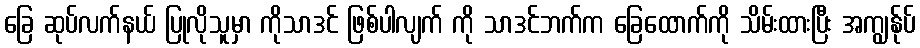
ခြေ ဆုပ်လက်နယ် ပြုလိုသူမှာ ကိုသာဒင် ဖြစ်ပါလျက် ကို သာဒင်ဘက်က ခြေထောက်ကို သိမ်းထားပြီး အကျွန်ုပ်